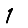
Digit: 1